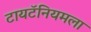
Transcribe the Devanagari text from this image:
टायटॅनियमला